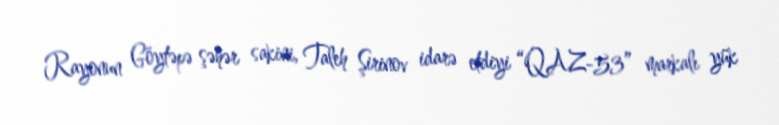
Rayonun Göytəpə şəhər sakini, Taleh Şirinov idarə etdiyi “QAZ-53” markalı yük